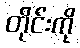
တိုင်းကို